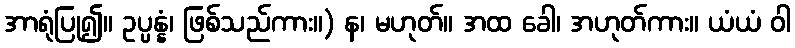
အာရုံပြု၍။ ဥပ္ပန္နံ၊ ဖြစ်သည်ကား။) န၊ မဟုတ်။ အထ ခေါ၊ အဟုတ်ကား။ ယံယံ ဝါ